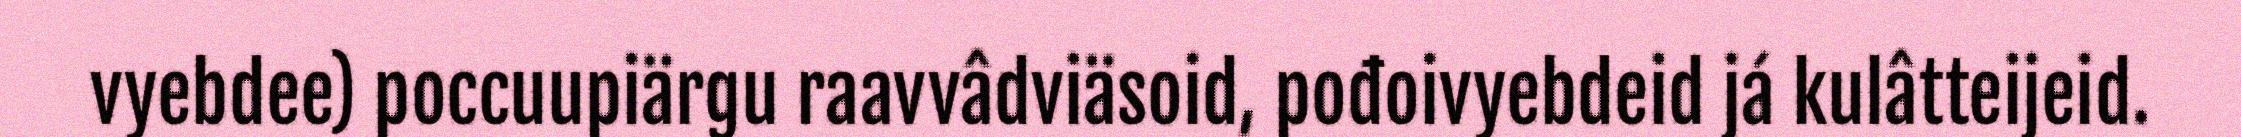
vyebdee) poccuupiärgu raavvâdviäsoid, pođoivyebdeid já kulâtteijeid.